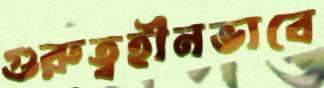
গুরুত্বহীনভাবে